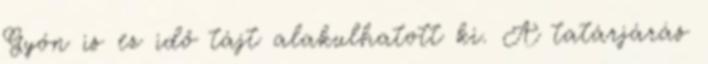
Gyón is ez idő tájt alakulhatott ki. A tatárjárás